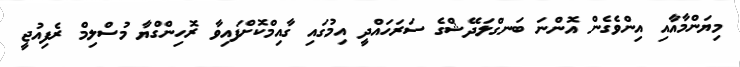
މިޔަންމާއާއި އިންވެގެން އޮންނަ ބަނގްލަދޭޝްގެ ސަރަހައްދީ އިމުގައި ގާއިމްކޮށްފައިވާ ރޮހިންގްޔާ މުސްލިމް ރެފިއުޖީ